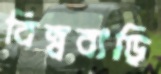
বিল্ববাড়ি